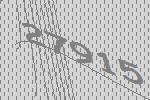
27915